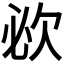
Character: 𣢠